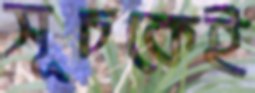
সূচকেই